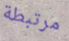
مرتبطة